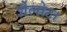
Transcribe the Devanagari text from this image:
शैलोट।